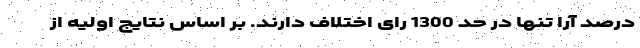
درصد آرا تنها در حد 1300 رای اختلاف دارند. بر اساس نتایج اولیه از